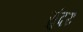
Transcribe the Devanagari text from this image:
सुंदरः